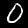
Digit: 0